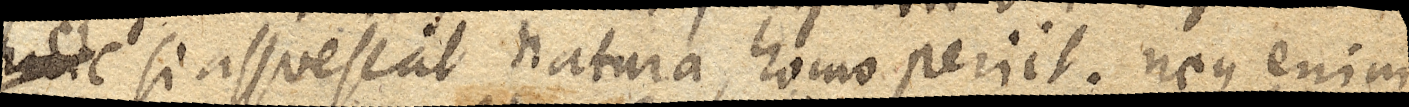
hinc si assuescat natura, homo periit. Neque enim